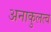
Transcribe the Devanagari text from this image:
अनाकुलत्व